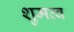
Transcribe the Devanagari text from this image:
शुमत्व